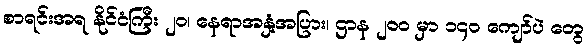
စာရင်းအရ နိုင်ငံကြီး ၂၀၊ နေရာအနှံ့အပြား၊ ဌာန ၂၀၀ မှာ ၁၄၀ ကျော်ပဲ တွေ